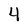
Character: 4